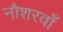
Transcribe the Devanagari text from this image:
नौशरवाँ